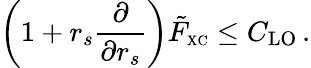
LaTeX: \bigg(1+r_{s}\frac{\partial}{\partial r_{s}}\bigg)\tilde{F}_{\scriptscriptstyle\mathrm{XC}}\leq C_{\mathrm{LO}}\, .